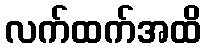
လက်ထက်အထိ